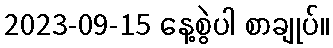
2023-09-15 နေ့စွဲပါ စာချုပ်။